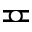
\eqcirc